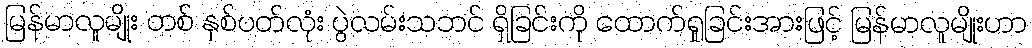
မြန်မာလူမျိုး တစ် နှစ်ပတ်လုံး ပွဲလမ်းသဘင် ရှိခြင်းကို ထောက်ရှုခြင်းအားဖြင့် မြန်မာလူမျိုးဟာ